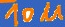
Text: 10u